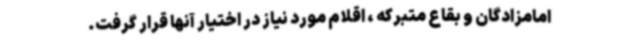
امامزادگان و بقاع متبرکه ، اقلام مورد نیاز در اختیار آنها قرار گرفت.